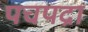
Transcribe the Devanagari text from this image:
पचपद्रा